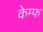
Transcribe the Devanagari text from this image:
केम्फ